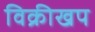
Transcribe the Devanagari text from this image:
विक्रीखप